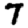
Digit: 7